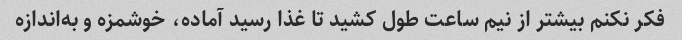
فکر نکنم بیشتر از نیم ساعت طول کشید تا غذا رسید آماده، خوشمزه و به‌اندازه